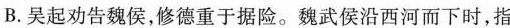
B．吴起劝告魏侯，修德重于据险。魏武侯沿西河而下时，指